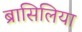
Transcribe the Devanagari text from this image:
ब्रासिलिया